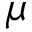
\mu